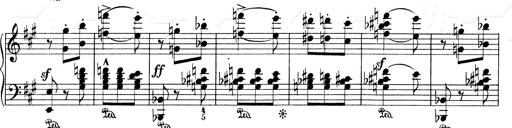
Title: Mephisto Waltz No.1
Composer: Franz Liszt